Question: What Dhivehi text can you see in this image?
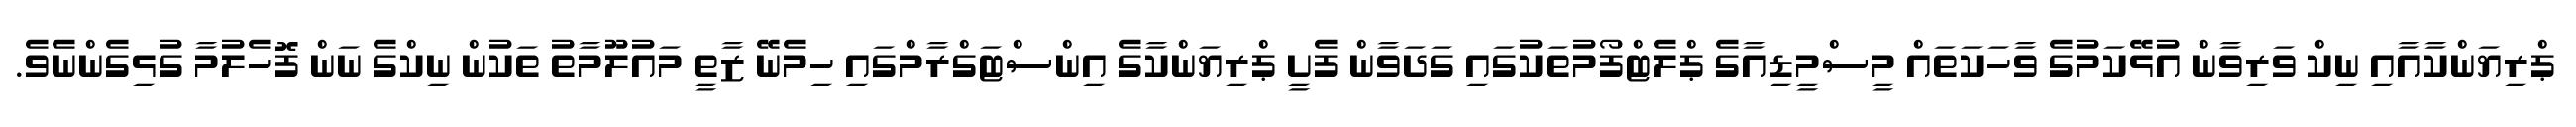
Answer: ޕްރިޔަންކާއާއި ނިކް ވަރިވާން އުޅޭކަމުގެ ވާހަކަތައް މީސްމީޑިއާގެ ޕްލެޓްފޯމުތަކުގައި ގަދަވާން ފެށީ ޕްރިޔަންކާގެ އިންސްޓަގްރާމްގައި ހިމެނޭ ޒާތީ މައުލޫމާތު ތަކުން ނިކްގެ ނަން ފޮހެލުމާ ގުޅިގެންނެވެ.